Vaccination Hyderabad 1872-1889 - 1872-1889
Year: 1872
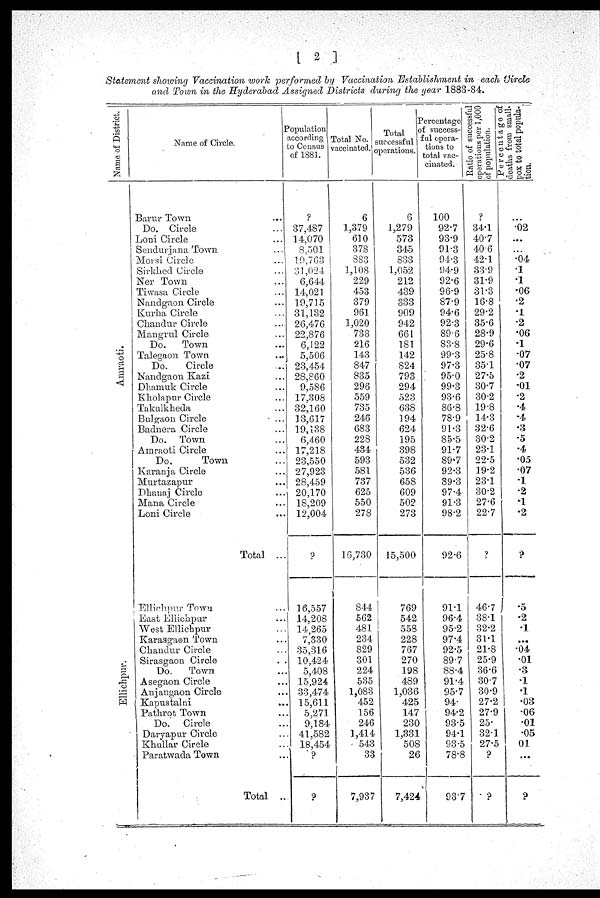
[ 2 ]
Statement showing Vaccination work performed by Vaccination Establishment in each Circle
and Town in the Hyderabad Assigned Districts during the year 1883-84.
Name of District.
Amraoti.
Ellichpur.
Name of Circle.
Barur Town ...
Do. Circle ...
Loni Circle ...
Sendurjana Town ...
Morsi Circle ...
Sirkhed Circle ...
Ner Town ...
Tiwasa Circle ...
Nandgaon Circle ...
Kurha Circle ...
Chandur Circle ...
Mangrul Circle ...
Do.
Town ...
Talegaon Town ...
Do.
Circle ...
Nandgaon Kazi ...
Dhamuk Circle ...
Kholapur Circle ...
Takulkheda ...
Bulgaon Circle ...
Badnera Circle ...
Do. Town ...
Amraoti Circle ...
Do.
Town ...
Karanja Circle ...
Murtazapur ...
Dhanaj Circle ...
Mana Circle ...
Loni Circle ...
Total ...
Ellichpur Town ...
East Ellichpur ...
West Ellichpur ...
Karasgaon Town ...
Chandur Circle ...
Sirasgaon Circle
...
Do.
Town ...
Asegaon Circle ...
Anjangaon Circle ...
Kapustalni ...
Pathrot Town ...
Do. Circle ...
Daryapur Circle ...
Khullar Circle ...
Paratwada Town ...
Total ...
Population
according
to Census
of 1881.
?
37,487
14,070
8,501
19,763
31,024
6,644
14,021
19,715
31,132
26,476
22,876
6,122
5,506
23,454
28,860
9,586
17,308
32,160
13,617
19,138
6,460
17,218
23,550
27,923
28,459
20,170
18,209
12,004
?
16,557
14,208
14,265
7,330
35,316
10,424
5,408
15,924
33,474
15,611
5,271
9,184
41,582
18,454
?
?
Total No.
vaccinated.
6
1,379
610
378
883
1,108
229
453
379
961
1,020
738
216
143
847
835
296
559
735
246
683
228
434
593
581
737
625
550
278
16,730
844
562
481
234
829
301
224
535
1,083
452
156
246
1,414
543
33
7,937
Total
successful
operations.
6
1,279
573
345
833
1,052
212
439
333
909
942
661
181
142
824
793
294
523
638
194
624
195
398
532
536
658
609
502
273
15,500
769
542
558
228
767
270
198
489
1,036
425
147
230
1,331
508
26
7,424
Percentage
of success-
--l opera-
tions to
total vac-
cinated.
100
92.7
93.9
91.3
94.3
94.9
92.6
96.9
87.9
94.6
92.3
89.6
83.8
99.3
97.3
95.0
99.3
93.6
86.8
78.9
91.3
85.5
91.7
89.7
92.3
89.3
97.4
91.3
98.2
92.6
91.1
96.4
95.2
97.4
92.5
89.7
88.4
91.4
95.7
94.
94.2
93.5
94.1
93.5
78.8
93.7
Ratio of successful
Operations per 1,000
of population.
?
34.1
40.7
40.6
42.1
33.9
31.9
31.3
16.8
29.2
35.6
28.9
29.6
25.8
35.1
27.5
30.7
30.2
19.8
14.3
32.6
30.2
23.1
22.5
19.2
23.1
30.2
27.6
22.7
?
46.7
38.1
32.2
31.1
21.8
25.9
36.6
30.7
30.9
27.2
27.9
25.
32.1
27.5
?
?
Percentage of
deaths from small¬
pox to total popula¬
tion.
...
.02
...
...
.04
.1
.1
.06
.2
.1
.2
.06
.1
.07
.07
.2
.01
.2
.4
.4
.3
.5
.4
.05
.07
1
.2
.1
.2
?
.5
.2
.1
...
.04
.01
.3
.1
.1
.03
.06
.01
.05
01
...
?